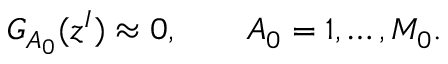
G _ { A _ { 0 } } ( z ^ { I } ) \approx 0 , \qquad A _ { 0 } = 1 , \ldots , M _ { 0 } .